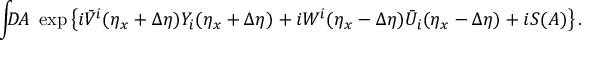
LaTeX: \int \! \! \! D \! A \ \exp \left\{ i \bar { V } ^ { i } ( \eta _ { x } + \Delta \eta ) Y _ { i } ( \eta _ { x } + \Delta \eta ) + i W ^ { i } ( \eta _ { x } - \Delta \eta ) \bar { U } _ { i } ( \eta _ { x } - \Delta \eta ) + i S ( A ) \right\} .